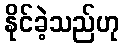
နိုင်ခဲ့သည်ဟု